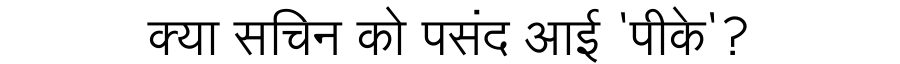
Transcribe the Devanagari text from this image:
क्या सचिन को पसंद आई 'पीके'?